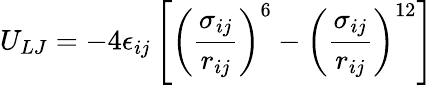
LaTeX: U_{LJ}=-4\epsilon_{ij}\left[\left(\frac{\sigma_{ij}}{r_{ij}}\right)^{6}-\left(\frac{\sigma_{ij}}{r_{ij}}\right)^{12}\right]